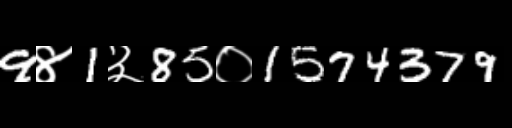
Text: 9४1३85०1574379